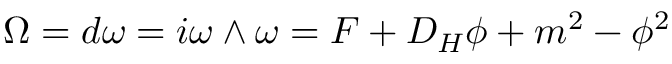
\Omega = d \omega = i \omega \wedge \omega = F + D _ { H } \phi + m ^ { 2 } - \phi ^ { 2 }